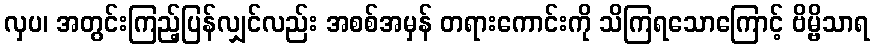
လှပ၊ အတွင်းကြည့်ပြန်လျှင်လည်း အစစ်အမှန် တရားကောင်းကို သိကြရသောကြောင့် ဗိမ္ဗိသာရ